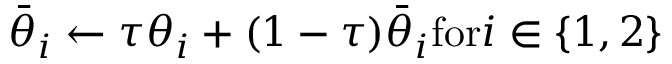
{ \bar { \theta } _ { i } } \leftarrow \tau { \theta _ { i } } + ( 1 - \tau ) { \bar { \theta } _ { i } } \mathrm { { f o r } } i \in \{ 1 , 2 \}